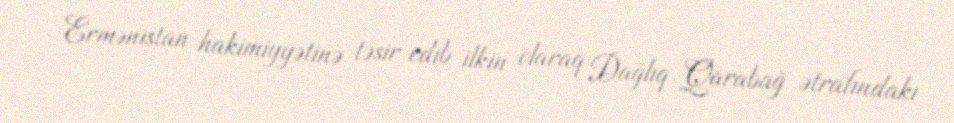
Ermənistan hakimiyyətinə təsir edib ilkin olaraq Dağlıq Qarabağ ətrafındakı